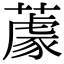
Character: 𦼫